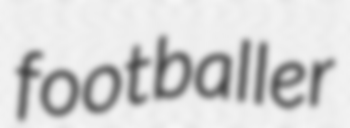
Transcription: footballer